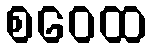
စဝေထ